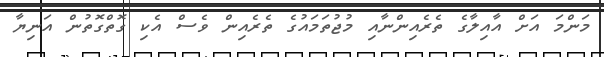
މަންމަ އަށް އާއިލާގެ ތެރެއިންނާއި މުޖުތަމައުގެ ތެރެއިން ވެސް އެކި ގޮތްގޮތުން އަނިޔާ